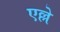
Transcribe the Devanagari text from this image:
एल्ले